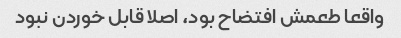
واقعا طعمش افتضاح بود، اصلا قابل خوردن نبود